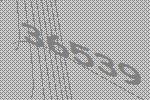
36539